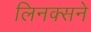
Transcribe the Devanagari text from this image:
लिनक्सने